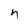
Character: n